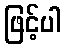
ဖြင့်ပါ